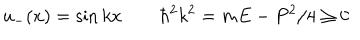
u _ { - } ( x ) = \sin k x \qquad \hbar ^ { 2 } k ^ { 2 } = m E - P ^ { 2 } / 4 \ge 0